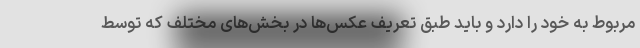
مربوط به خود را دارد و باید طبق تعریف عکس‌ها در بخش‌های مختلف که توسط